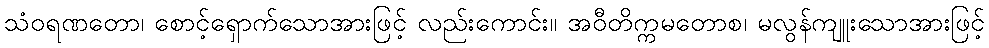
သံဝရဏတော၊ စောင့်ရှောက်သောအားဖြင့် လည်းကောင်း။ အဝီတိက္ကမတောစ၊ မလွန်ကျူးသောအားဖြင့်